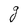
Character: g